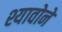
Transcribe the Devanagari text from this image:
श्यावोने